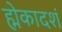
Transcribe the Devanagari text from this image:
ह्मेकादशं